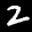
Label: 2